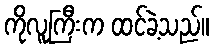
ကိုလူကြီးက ထင်ခဲ့သည်။